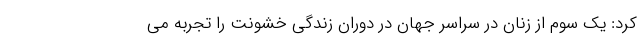
کرد: یک سوم از زنان در سراسر جهان در دوران زندگی خشونت را تجربه می